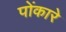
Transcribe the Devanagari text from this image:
पोंकारे